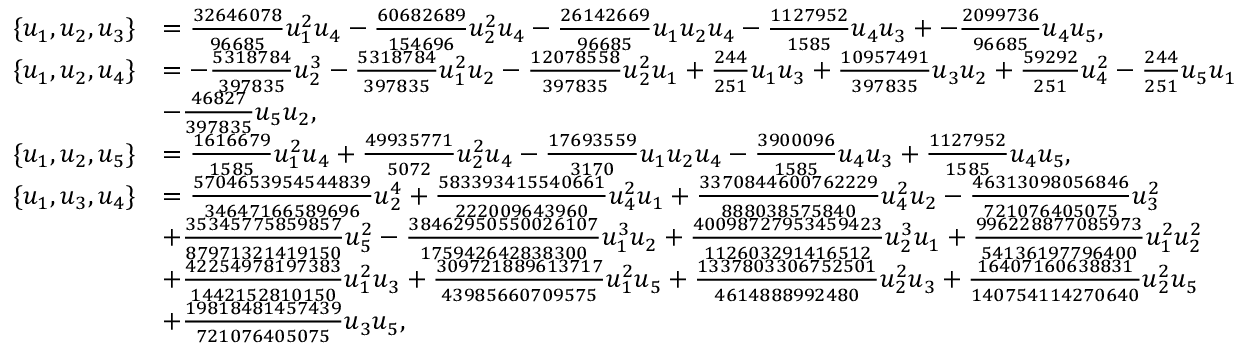
\begin{array} { r l } { \{ u _ { 1 } , u _ { 2 } , u _ { 3 } \} } & { = \frac { 3 2 6 4 6 0 7 8 } { 9 6 6 8 5 } u _ { 1 } ^ { 2 } u _ { 4 } - \frac { 6 0 6 8 2 6 8 9 } { 1 5 4 6 9 6 } u _ { 2 } ^ { 2 } u _ { 4 } - \frac { 2 6 1 4 2 6 6 9 } { 9 6 6 8 5 } u _ { 1 } u _ { 2 } u _ { 4 } - \frac { 1 1 2 7 9 5 2 } { 1 5 8 5 } u _ { 4 } u _ { 3 } + - \frac { 2 0 9 9 7 3 6 } { 9 6 6 8 5 } u _ { 4 } u _ { 5 } , } \\ { \{ u _ { 1 } , u _ { 2 } , u _ { 4 } \} } & { = - \frac { 5 3 1 8 7 8 4 } { 3 9 7 8 3 5 } u _ { 2 } ^ { 3 } - \frac { 5 3 1 8 7 8 4 } { 3 9 7 8 3 5 } u _ { 1 } ^ { 2 } u _ { 2 } - \frac { 1 2 0 7 8 5 5 8 } { 3 9 7 8 3 5 } u _ { 2 } ^ { 2 } u _ { 1 } + \frac { 2 4 4 } { 2 5 1 } u _ { 1 } u _ { 3 } + \frac { 1 0 9 5 7 4 9 1 } { 3 9 7 8 3 5 } u _ { 3 } u _ { 2 } + \frac { 5 9 2 9 2 } { 2 5 1 } u _ { 4 } ^ { 2 } - \frac { 2 4 4 } { 2 5 1 } u _ { 5 } u _ { 1 } } \\ & { - \frac { 4 6 8 2 7 } { 3 9 7 8 3 5 } u _ { 5 } u _ { 2 } , } \\ { \{ u _ { 1 } , u _ { 2 } , u _ { 5 } \} } & { = \frac { 1 6 1 6 6 7 9 } { 1 5 8 5 } u _ { 1 } ^ { 2 } u _ { 4 } + \frac { 4 9 9 3 5 7 7 1 } { 5 0 7 2 } u _ { 2 } ^ { 2 } u _ { 4 } - \frac { 1 7 6 9 3 5 5 9 } { 3 1 7 0 } u _ { 1 } u _ { 2 } u _ { 4 } - \frac { 3 9 0 0 0 9 6 } { 1 5 8 5 } u _ { 4 } u _ { 3 } + \frac { 1 1 2 7 9 5 2 } { 1 5 8 5 } u _ { 4 } u _ { 5 } , } \\ { \{ u _ { 1 } , u _ { 3 } , u _ { 4 } \} } & { = \frac { 5 7 0 4 6 5 3 9 5 4 5 4 4 8 3 9 } { 3 4 6 4 7 1 6 6 5 8 9 6 9 6 } u _ { 2 } ^ { 4 } + \frac { 5 8 3 3 9 3 4 1 5 5 4 0 6 6 1 } { 2 2 2 0 0 9 6 4 3 9 6 0 } u _ { 4 } ^ { 2 } u _ { 1 } + \frac { 3 3 7 0 8 4 4 6 0 0 7 6 2 2 2 9 } { 8 8 8 0 3 8 5 7 5 8 4 0 } u _ { 4 } ^ { 2 } u _ { 2 } - \frac { 4 6 3 1 3 0 9 8 0 5 6 8 4 6 } { 7 2 1 0 7 6 4 0 5 0 7 5 } u _ { 3 } ^ { 2 } } \\ & { + \frac { 3 5 3 4 5 7 7 5 8 5 9 8 5 7 } { 8 7 9 7 1 3 2 1 4 1 9 1 5 0 } u _ { 5 } ^ { 2 } - \frac { 3 8 4 6 2 9 5 0 5 5 0 0 2 6 1 0 7 } { 1 7 5 9 4 2 6 4 2 8 3 8 3 0 0 } u _ { 1 } ^ { 3 } u _ { 2 } + \frac { 4 0 0 9 8 7 2 7 9 5 3 4 5 9 4 2 3 } { 1 1 2 6 0 3 2 9 1 4 1 6 5 1 2 } u _ { 2 } ^ { 3 } u _ { 1 } + \frac { 9 9 6 2 2 8 8 7 7 0 8 5 9 7 3 } { 5 4 1 3 6 1 9 7 7 9 6 4 0 0 } u _ { 1 } ^ { 2 } u _ { 2 } ^ { 2 } } \\ & { + \frac { 4 2 2 5 4 9 7 8 1 9 7 3 8 3 } { 1 4 4 2 1 5 2 8 1 0 1 5 0 } u _ { 1 } ^ { 2 } u _ { 3 } + \frac { 3 0 9 7 2 1 8 8 9 6 1 3 7 1 7 } { 4 3 9 8 5 6 6 0 7 0 9 5 7 5 } u _ { 1 } ^ { 2 } u _ { 5 } + \frac { 1 3 3 7 8 0 3 3 0 6 7 5 2 5 0 1 } { 4 6 1 4 8 8 8 9 9 2 4 8 0 } u _ { 2 } ^ { 2 } u _ { 3 } + \frac { 1 6 4 0 7 1 6 0 6 3 8 8 3 1 } { 1 4 0 7 5 4 1 1 4 2 7 0 6 4 0 } u _ { 2 } ^ { 2 } u _ { 5 } } \\ & { + \frac { 1 9 8 1 8 4 8 1 4 5 7 4 3 9 } { 7 2 1 0 7 6 4 0 5 0 7 5 } u _ { 3 } u _ { 5 } , } \end{array}